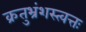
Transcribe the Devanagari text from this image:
क्रतुभ्रंशस्त्वत्तः